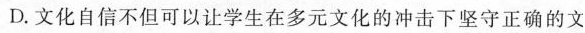
D.文化自信不但可以让学生在多元文化的冲击下坚守正确的文